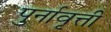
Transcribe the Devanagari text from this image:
पुर्नावृत्ती